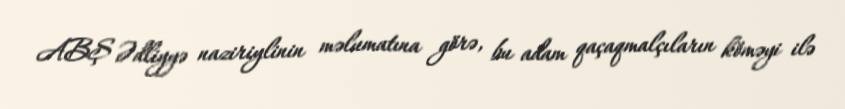
ABŞ Ədliyyə naziriylinin məlumatına görə, bu adam qaçaqmalçıların köməyi ilə